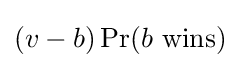
(v-b)\Pr(b\ {\textrm {wins}})